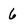
Character: 6